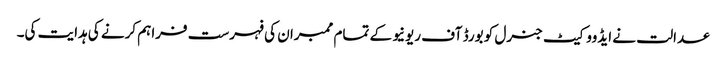
عدالت نے ایڈووکیٹ جنرل کو بورڈ آف ریونیو کے تمام ممبران کی فہرست فراہم کرنے کی ہدایت کی۔